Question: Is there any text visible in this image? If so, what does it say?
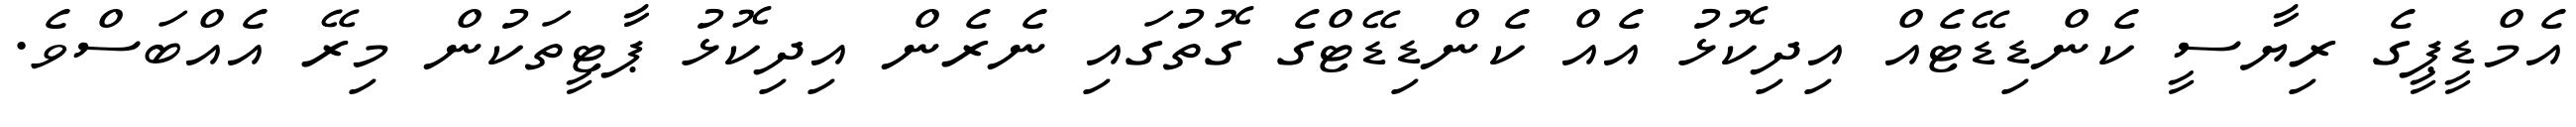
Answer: އެމްޑީޕީގެ ރިޔާސީ ކެންޑިޑޭޓެއް އިދިކޮޅު އެއް ކެންޑިޑޭޓްގެ ގޮތުގައި ނެރެން އިދިކޮޅު ޕާޓީތަކުން މިރޭ އެއްބަސްވެ.